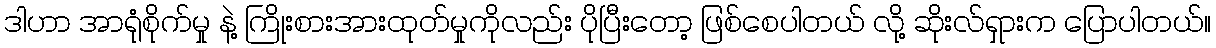
ဒါဟာ အာရုံစိုက်မှု နဲ့ ကြိုးစားအားထုတ်မှုကိုလည်း ပိုပြီးတော့ ဖြစ်စေပါတယ် လို့ ဆိုးလ်ရှားက ပြောပါတယ်။